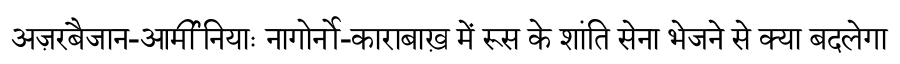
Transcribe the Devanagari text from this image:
अज़रबैजान-आर्मीनियाः नागोर्नो-काराबाख़ में रूस के शांति सेना भेजने से क्या बदलेगा